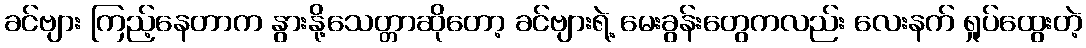
ခင်ဗျား ကြည့်နေတာက နွားနို့သေတ္တာဆိုတော့ ခင်ဗျားရဲ့ မေးခွန်းတွေကလည်း လေးနက် ရှုပ်ထွေးတဲ့